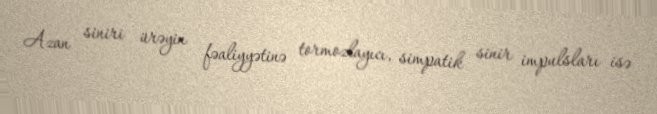
Azan siniri ürəyin fəaliyyətinə tormozlayıcı, simpatik sinir impulsları isə